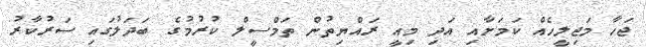
ޖަހާ މަޖިލީހެއް ކަމަށާއި އަދި މިއީ ރައްޔިތުން ތަމްސީލް ކުރުމުގެ ބަދަލުގައި ސަރުކާރު